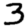
Digit: 3